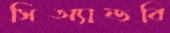
সিঅ্যান্ডবি